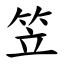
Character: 笠